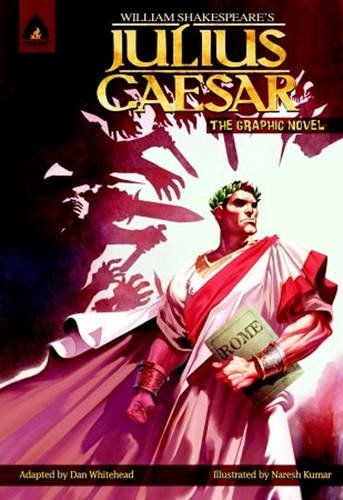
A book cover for Julius Caesar: The Graphic Novel (Campfire Graphic Novels); William Shakespeare; Comics & Graphic Novels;